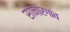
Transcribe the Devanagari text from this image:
सोनारगांव